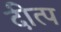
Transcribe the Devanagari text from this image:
दीत्प